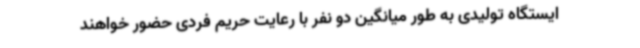
ایستگاه تولیدی به طور میانگین دو نفر با رعایت حریم فردی حضور خواهند